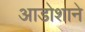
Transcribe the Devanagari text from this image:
आडोशाने